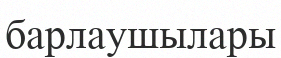
барлаушылары